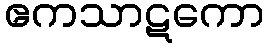
ဧကသာဋကော